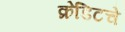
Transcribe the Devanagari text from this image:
क्रेडिटचे